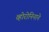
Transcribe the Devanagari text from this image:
व्होरोनिनाने